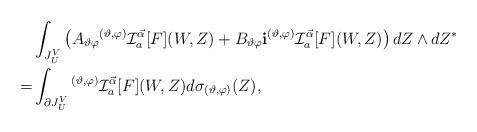
LaTeX: \begin{align*} & \int_{J_U^V} \left(A_{\vartheta \varphi } {}^{(\vartheta,\varphi)} \mathcal I_{a}^{\vec{\alpha}} [F](W,Z) + B_{\vartheta \varphi } {\bf i} {}^{(\vartheta,\varphi)} \mathcal I_{a}^{\vec{\alpha}} [F](W,Z) \right) dZ \wedge dZ^{*} \\ = &\int_{\partial J_U^V}{}^{(\vartheta,\varphi)} \mathcal I_{a}^{\vec{\alpha}} [F](W,Z) d\sigma_{(\vartheta ,\varphi )}(Z) ,\end{align*}